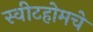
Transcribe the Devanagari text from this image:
स्वीटहोमचे